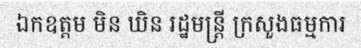
ឯកឧត្តម មិន ឃិន រដ្ឋមន្ត្រី ក្រសួងធម្មការ